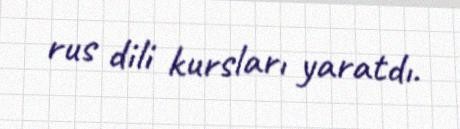
rus dili kursları yaratdı.